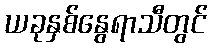
ယခုနှစ်နွေရာသီတွင်